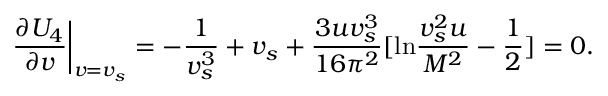
\left. \frac { \partial U _ { 4 } } { \partial v } \right| _ { v = v _ { s } } = - \frac { 1 } { v _ { s } ^ { 3 } } + v _ { s } + \frac { 3 u v _ { s } ^ { 3 } } { 1 6 \pi ^ { 2 } } [ \mathrm { l n } \frac { v _ { s } ^ { 2 } u } { M ^ { 2 } } - \frac { 1 } { 2 } ] = 0 .